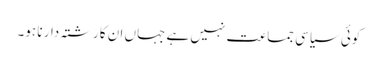
کوئی سیاسی جماعت نہیں ہے جہاں ان کا رشتہ دار نا ہو۔